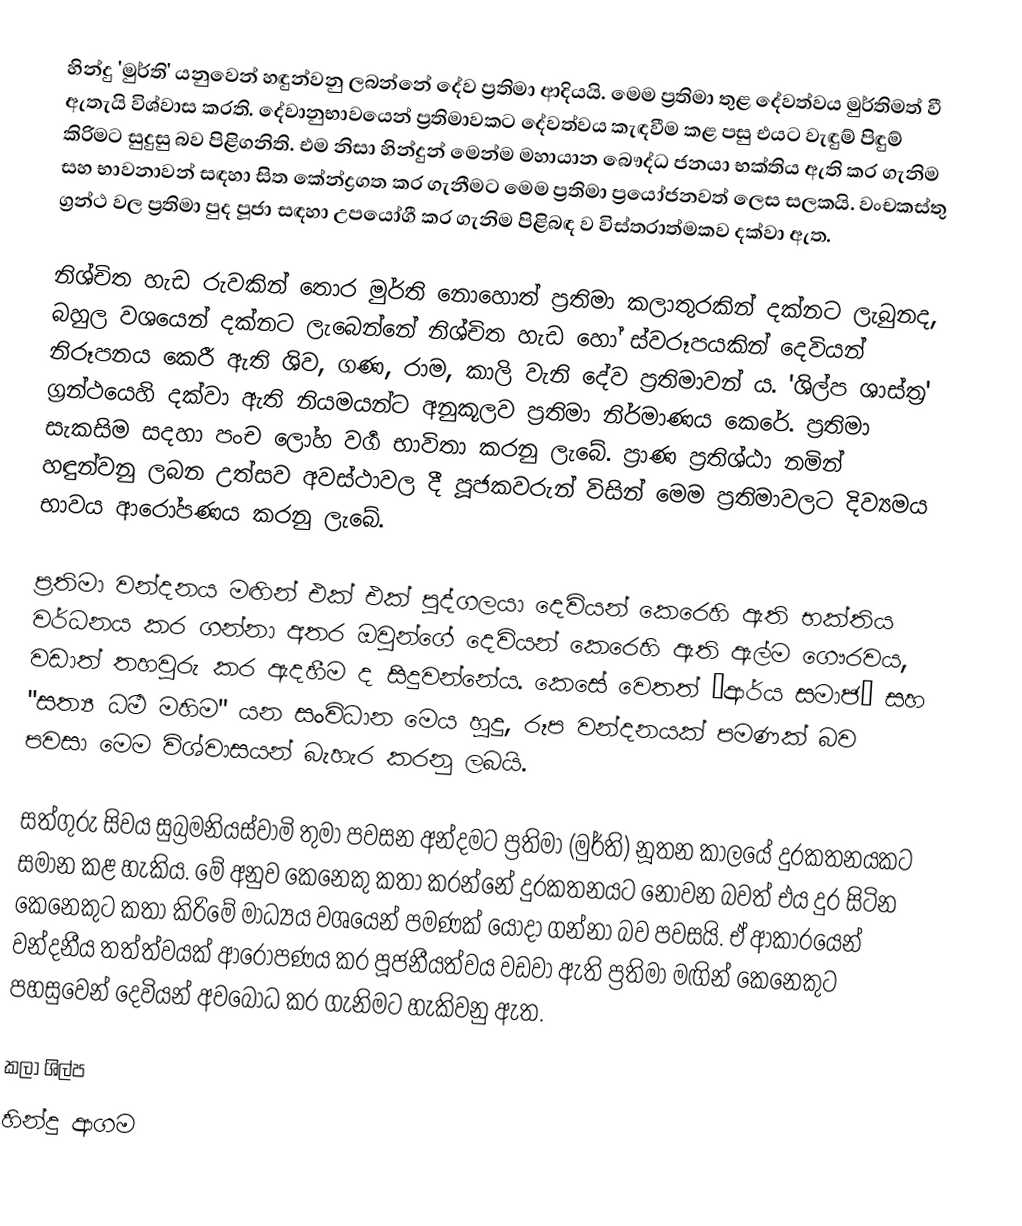
හින්දු 'මුර්ති' යනුවෙන් හඳුන්වනු ලබන්නේ දේව ප්‍රතිමා ආදියයි. මෙම ප්‍රතිමා තුළ දේවත්වය මුර්තිමත් වී ඇතැයි විශ්වාස කරති. දේවානුභාවයෙන් ප්‍රතිමාවකට දේවත්වය කැඳවීම කළ පසු එයට වැඳුම් පිඳුම් කිරිමට සුදුසු බව පිළිගනිති. එම නිසා හින්දුන් මෙන්ම මහායාන බෞද්ධ ජනයා භක්තිය ඇති කර ගැනිම සහ භාවනාවන් සඳහා සිත කේන්ද්‍රගත කර ගැනීමට මෙම ප්‍රතිමා ප්‍ර‍යෝජනවත් ලෙස සලකයි. ‍වංචකස්තු ග්‍රන්ථ වල ප්‍රතිමා  පුද පූජා සඳහා උපයෝගී කර ගැනිම පිළිබඳ ව විස්තරාත්මකව දක්වා ඇත.

නිශ්චිත හැඩ රුවකින් තොර මුර්ති නොහොත් ප්‍රතිමා කලාතුරකින් දක්නට ලැබුනද, බහුල වශයෙන් දක්නට ලැබෙන්නේ නිශ්චිත හැඩ හෝ ස්වරූපයකින් දෙවියන් නිරූපනය කෙරී ඇති ශිව, ගණ, රාම, කාලි වැනි දේව ප්‍රතිමාවන් ය. 'ශිල්ප ශාස්ත්‍ර' ග්‍රන්ථයෙහි දක්වා ඇති නියමයන්ට අනුකූලව  ප්‍රතිමා නිර්මාණය කෙරේ. ප්‍රතිමා සැකසිම සදහා පංච ලෝහ වර්‍ග  භාවිතා කරනු ලැබේ. ප්‍රාණ ප්‍රතිශ්ඨා නමින් හඳුන්වනු ලබන උත්සව අවස්ථාවල දී පූජකවරුන් විසින් මෙම ප්‍රතිමාවලට දිව්‍යමය භාවය ආරෝපණය කරනු ලැබේ.

ප්‍රතිමා වන්දනය මඟින් එක් එක් පුද්ගලයා දෙවියන් කෙරෙහි ඇති භක්තිය වර්ධනය කර ගන්නා අතර ඔවුන්ගේ දෙවියන් කෙරෙහි  ඇති ඇල්ම ගෞරවය, වඩාත් තහවුරු කර ඇදහීම ද සිදුවන්නේය. කෙසේ වෙතත් “ආර්ය සමාජ” සහ "සත්‍ය ධර්‍ම මහිම" යන සංවිධාන මෙය හුදු, රූප වන්දනයක් පමණක් බව පවසා මෙම විශ්වාසයන් බැහැර කරනු ලබයි.

සත්ගුරු සිවය සුබ්‍රමනියස්වාමි තුමා පවසන අන්දමට ප්‍රතිමා (මුර්ති) නූතන කාලයේ දුරකතනයකට සමාන කළ හැකිය. මේ අනුව කෙනෙකු කතා කරන්නේ දුරකතනයට නොවන බවත් එය දුර සිටින කෙනෙකු‍ට  කතා කිරිමේ මාධ්‍යය  වශයෙන්  පමණක් යොදා ගන්නා බව  පවසයි. ඒ ආකාරයෙන් වන්දනීය තත්ත්වයක් ආරෝපණය කර පූජනීයත්වය  වඩවා ඇති ප්‍රතිමා මඟින් කෙනෙකුට පහසුවෙන් දෙවියන් අවබෝධ කර ගැනිමට හැකිවනු ඇත.

කලා ශිල්ප
හින්දු ආගම